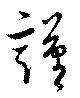
謹